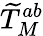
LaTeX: {\widetilde{T}}_{M}^{ab}